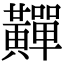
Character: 䵐